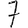
Digit: 7